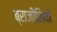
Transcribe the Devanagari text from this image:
ब्राजीलियों